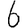
Digit: 6